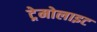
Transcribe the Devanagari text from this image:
ट्रेमोलाइट